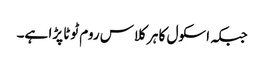
جبکہ اسکول کا ہر کلاس روم ٹوٹا پڑا ہے۔